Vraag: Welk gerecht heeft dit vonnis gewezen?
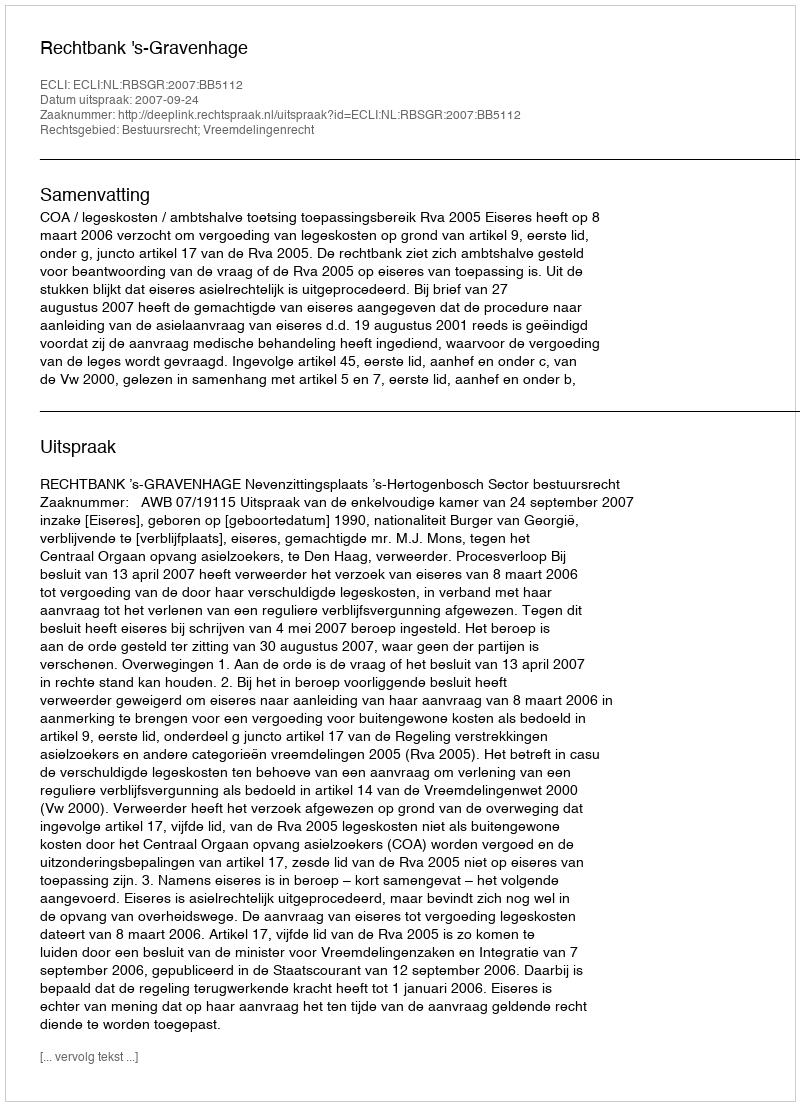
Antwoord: Rechtbank 's-Gravenhage